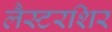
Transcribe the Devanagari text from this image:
लैस्टरशिर